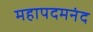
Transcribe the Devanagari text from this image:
महापदमनंद